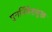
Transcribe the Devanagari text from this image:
पुनर्निवेशयुक्त